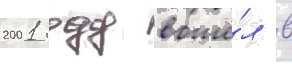
2001 году вошё́л в